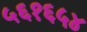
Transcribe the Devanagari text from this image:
५६१६५४